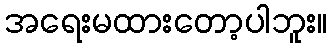
အရေးမထားတော့ပါဘူး။